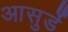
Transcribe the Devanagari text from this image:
आसुर्डे